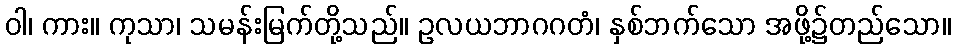
ဝါ၊ ကား။ ကုသာ၊ သမန်းမြက်တို့သည်။ ဥလယဘာဂဂတံ၊ နှစ်ဘက်သော အဖို့၌တည်သော။